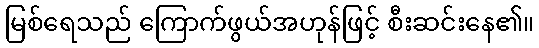
မြစ်ရေသည် ကြောက်ဖွယ်အဟုန်ဖြင့် စီးဆင်းနေ၏။